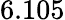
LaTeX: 6.105